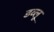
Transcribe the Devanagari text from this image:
डव्लू